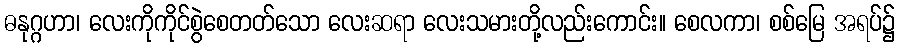
ဓနုဂ္ဂဟာ၊ လေးကိုကိုင်စွဲစေတတ်သော လေးဆရာ လေးသမားတို့လည်းကောင်း။ စေလကာ၊ စစ်မြေ အရပ်၌